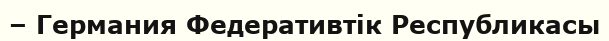
– Германия Федеративтік Республикасы